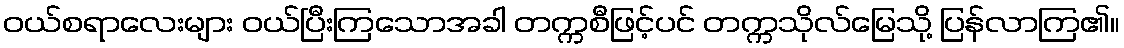
ဝယ်စရာလေးများ ဝယ်ပြီးကြသောအခါ တက္ကစီဖြင့်ပင် တက္ကသိုလ်မြေသို့ ပြန်လာကြ၏။